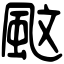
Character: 𩖰